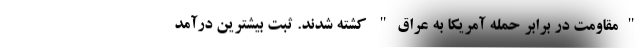
"مقاومت در برابر حمله آمریکا به عراق" کشته شدند. ثبت بیشترین درآمد